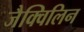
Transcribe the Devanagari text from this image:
जैक्विलिन